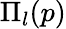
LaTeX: \Pi_{l}(p)